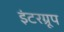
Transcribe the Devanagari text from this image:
इंटरग्रूप